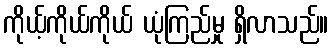
ကိုယ့်ကိုယ်ကိုယ် ယုံကြည်မှု ရှိလာသည်။